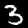
Label: 3